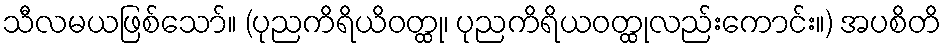
သီလမယဖြစ်သော်။ (ပုညကိရိယိဝတ္ထု၊ ပုညကိရိယဝတ္ထုလည်းကောင်း။) အပစိတိ